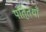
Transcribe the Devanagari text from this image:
पति्तयाँ